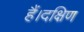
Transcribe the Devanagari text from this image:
हैं।दक्षिण